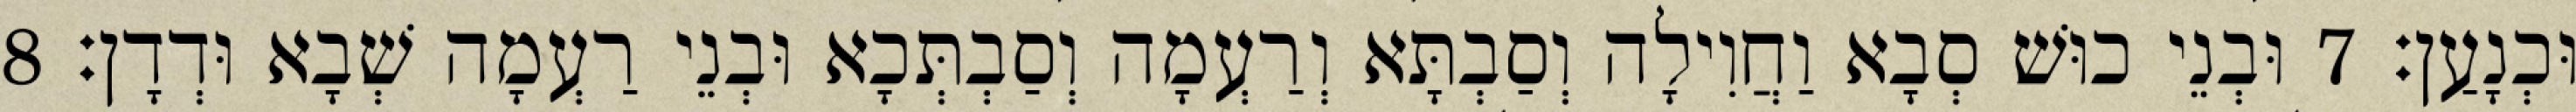
וּכְנָעַן׃ 7 וּבְנֵי כוּשׁ סְבָא וַחֲוִילָה וְסַבְתָּא וְרַעְמָה וְסַבְתְּכָא וּבְנֵי רַעְמָה שְׁבָא וּדְדָן׃ 8